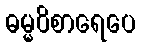
ဓမ္မဝိစာရေပေ